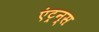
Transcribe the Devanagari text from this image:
एंट्रन्स